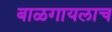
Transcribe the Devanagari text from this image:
बाळगायलाच